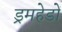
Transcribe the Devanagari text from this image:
ड्रमहेडों